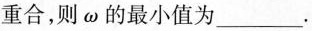
重合，则ω的最小值为________。